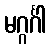
မဂ္ဂင်္ဂါ